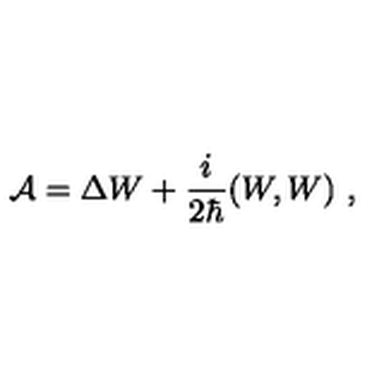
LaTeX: { \cal A } = \Delta W + \frac { i } { 2 \hbar } ( W , W ) \ ,